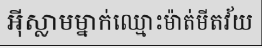
អ៊ីស្លាមម្នាក់ឈ្មោះម៉ាត់មីតវ័យ